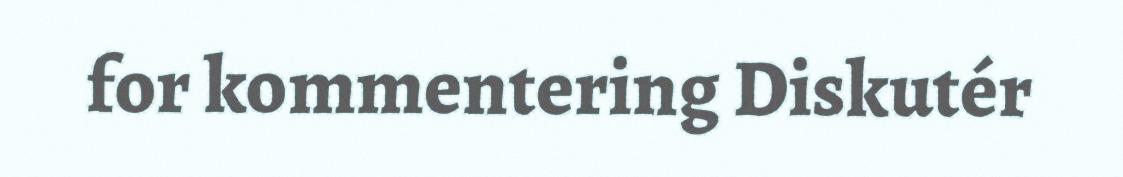
for kommentering Diskutér